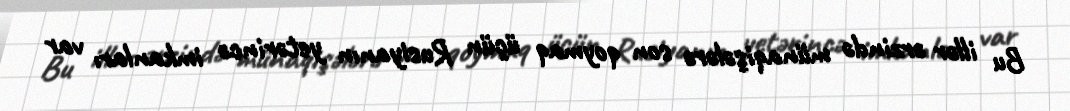
Bu illər ərzində münaqişələrə son qoymaq üçün Rusiyanın yetərincə imkanları var